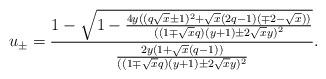
LaTeX: \begin{align*}u_\pm&=\frac{1-\sqrt{1-\frac{4y((q\sqrt{x}\pm1)^2+\sqrt{x}(2q-1)(\mp2-\sqrt{x}))}{((1\mp\sqrt{x}q)(y+1)\pm2\sqrt{x}y)^2}}}{\frac{2y(1+\sqrt{x}(q-1))}{((1\mp\sqrt{x}q)(y+1)\pm2\sqrt{x}y)^2}}.\end{align*}